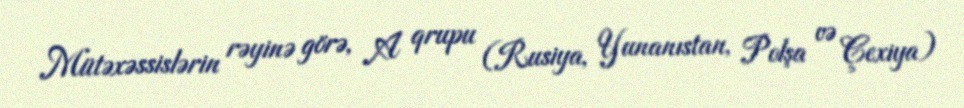
Mütəxəssislərin rəyinə görə, A qrupu (Rusiya, Yunanıstan, Polşa və Çexiya)